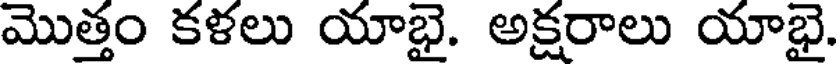
మొత్తం కళలు యాభై. అక్షరాలు యాభై.